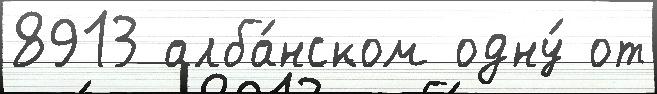
8913 алба́нском одну́ от